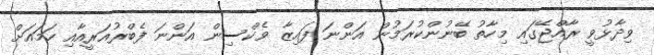
ވިދާޅުވީ ރާއްޖޭގައި މިހާތު ބޭނުންކުރަމުން އަންނަ ފައިޒާ ވެކްސިން އަންނަ ފެބްރުއަރީއާއި ހަމައަށް